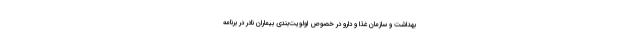
بهداشت و سازمان غذا و دارو در خصوص اولویت‌بندی بیماران نادر در برنامه